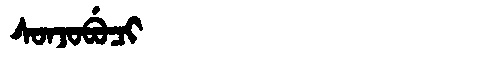
Manchu: ᠰᠣᠨᠵᠣᠪᡠᠴᡳ
Romanization: SONJOBUCI